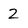
Character: 2